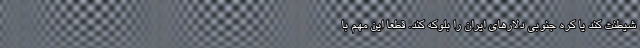
شیطنت کند یا کره جنوبی دلارهای ایران را بلوکه کند. قطعاً این مهم با